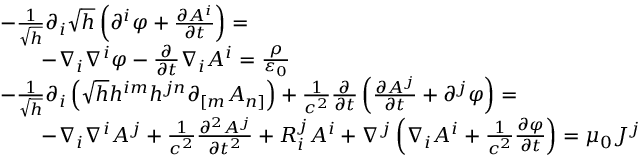
{ \begin{array} { r l } & { { - } { \frac { 1 } { \sqrt { h } } } \partial _ { i } { \sqrt { h } } \left( \partial ^ { i } \varphi + { \frac { \partial A ^ { i } } { \partial t } } \right) = } \\ & { \qquad - \nabla _ { i } \nabla ^ { i } \varphi - { \frac { \partial } { \partial t } } \nabla _ { i } A ^ { i } = { \frac { \rho } { \varepsilon _ { 0 } } } } \\ & { { - } { \frac { 1 } { \sqrt { h } } } \partial _ { i } \left( { \sqrt { h } } h ^ { i m } h ^ { j n } \partial _ { [ m } A _ { n ] } \right) + { \frac { 1 } { c ^ { 2 } } } { \frac { \partial } { \partial t } } \left( { \frac { \partial A ^ { j } } { \partial t } } + \partial ^ { j } \varphi \right) = } \\ & { \qquad { - } \nabla _ { i } \nabla ^ { i } A ^ { j } + { \frac { 1 } { c ^ { 2 } } } { \frac { \partial ^ { 2 } A ^ { j } } { \partial t ^ { 2 } } } + R _ { i } ^ { j } A ^ { i } + \nabla ^ { j } \left( \nabla _ { i } A ^ { i } + { \frac { 1 } { c ^ { 2 } } } { \frac { \partial \varphi } { \partial t } } \right) = \mu _ { 0 } J ^ { j } } \end{array} }